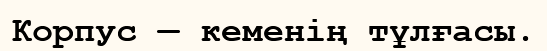
Корпус — кеменің тұлғасы.